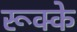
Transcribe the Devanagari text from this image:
रूक्‍के